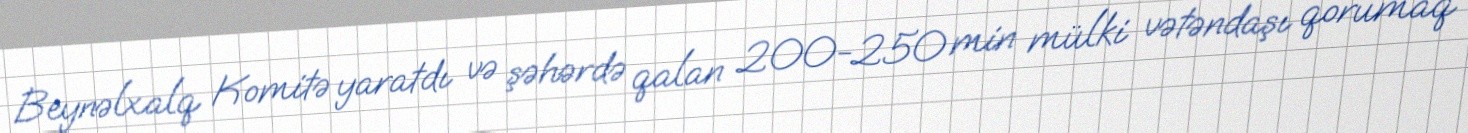
Beynəlxalq Komitə yaratdı və şəhərdə qalan 200-250 min mülki vətəndaşı qorumaq